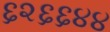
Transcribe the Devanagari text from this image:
६२६६४४